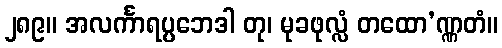
၂၈၉။ အလင်္ကာရပ္ပဘေဒါ တု၊ မုခဖုလ္လံ တထော’ဏ္ဏတံ။